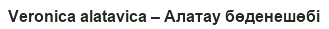
Veronica alatavica – Алатау бөденешөбі